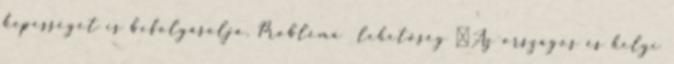
képességét is befolyásolja. Probléma lehetőség ▪Az országos és helyi